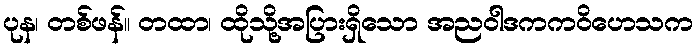
ပုန၊ တစ်ဖန်။ တထာ၊ ထိုသို့အပြားရှိသော အညဝါဒကကဝိဟေသက